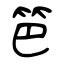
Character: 笆